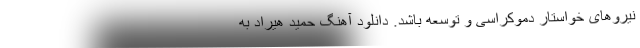
نیروهای خواستار دموکراسی‌ و توسعه باشد. دانلود آهنگ حمید هیراد به